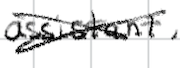
Text: assistant,
Cross-out: cross
Writing tool: digital_black